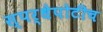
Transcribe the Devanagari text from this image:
स्पर्धेपोटीच